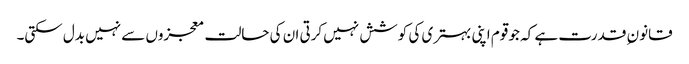
قانون ِ قدرت ہے کہ جو قوم اپنی بہتری کی کوشش نہیں کرتی ان کی حالت معجزوں سے نہیں بدل سکتی۔